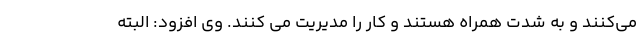
می‌کنند و به شدت همراه هستند و کار را مدیریت می کنند. وی افزود: البته